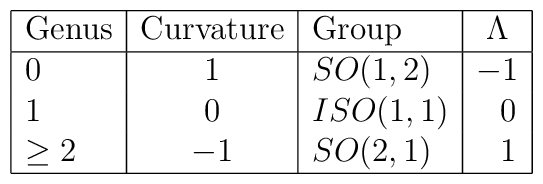
\begin{array}{|l|c|l|c|}\hline {\rm Genus}  & {\rm Curvature} & {\rm  Group}  & \Lambda  \\ \hline0 & 1 & SO(1,2) & -1 \\1 & 0 & ISO(1,1) & \,\,\,\,0 \\\geq 2 & -1 & SO(2,1) &\,\,\,\, 1 \\\hline\end{array}